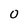
Character: 0